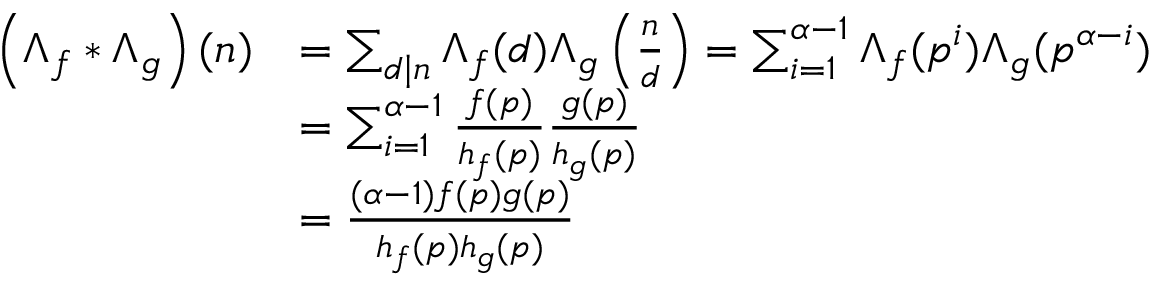
\begin{array} { r l } { \left( \Lambda _ { f } \ast \Lambda _ { g } \right) ( n ) } & { = \sum _ { d \mid n } \Lambda _ { f } ( d ) \Lambda _ { g } \left( \frac { n } { d } \right) = \sum _ { i = 1 } ^ { \alpha - 1 } \Lambda _ { f } ( p ^ { i } ) \Lambda _ { g } ( p ^ { \alpha - i } ) } \\ & { = \sum _ { i = 1 } ^ { \alpha - 1 } \frac { f ( p ) } { h _ { f } ( p ) } \frac { g ( p ) } { h _ { g } ( p ) } } \\ & { = \frac { ( \alpha - 1 ) f ( p ) g ( p ) } { h _ { f } ( p ) h _ { g } ( p ) } } \end{array}